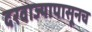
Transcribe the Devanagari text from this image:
दरवाज्यापासूनच